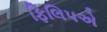
ફિલિપએ